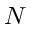
N